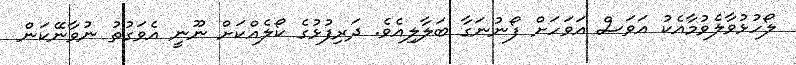
ލޯހުޅުވާލެވުމާއެކު އަވަސް އަވަހަށް ފޯނުނަގާ ބަލާލިއެވެ. ދަރިފުޅުގެ ކޯލެއްކަށް ނޫނީ އެވަގުތު ނުވާނޭކަން